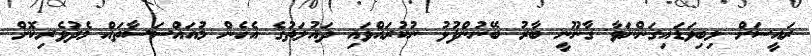
ރައީސަށް ލިބިވަޑައިގަންނަވާ ގާނޫނީ ބާރު ބޭނުންފުޅު ނުކުރައްވައި ދައުލަތުގެ އެހެން މުއައްސަސާތައް މެދުވެރިކޮށް